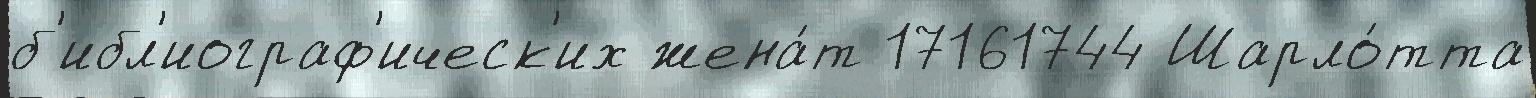
б'ибл'иограф'ическ'их жена́т 17161744 Шарло́тта